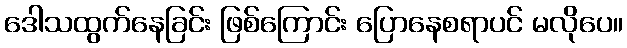
ဒေါသထွက်နေခြင်း ဖြစ်ကြောင်း ပြောနေစရာပင် မလိုပေ။